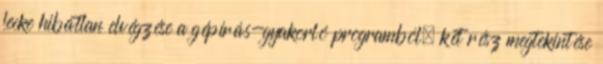
lecke hibátlan elvégzése a gépírás-gyakorló programból; két rész megtekintése